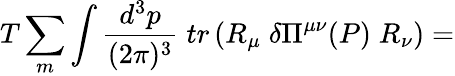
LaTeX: T\sum_{m}\int\frac{d^{3}p}{(2\pi)^{3}}\; tr\left(R_{\mu}\; \delta\Pi^{\mu\nu}(P)\; R_{\nu}\right)=